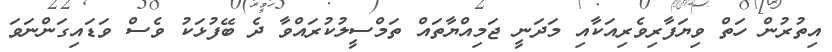
އިތުރުން ހަތް ވިޔަފާރިވެރިއަކާއި މަދަނީ ޖަމިއްޔާތައް ތަމްސީލުކުރައްވާ ދެ ބޭފުޅަކު ވެސް ވަޑައިގަންނަވަ